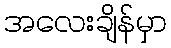
အလေးချိန်မှာ